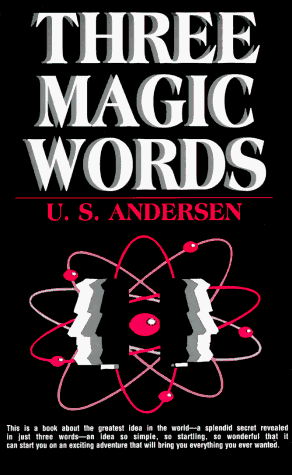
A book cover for Three Magic Words: The Key to Power, Peace and Plenty; U. S. Andersen; Politics & Social Sciences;